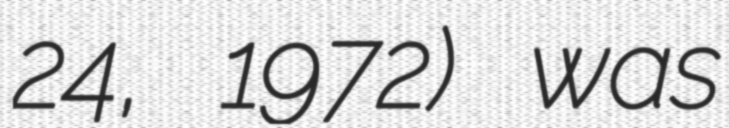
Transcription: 24, 1972) was